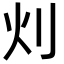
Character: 灲